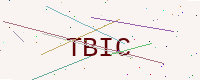
Text: TBIC